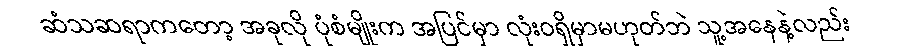
ဆံသဆရာကတော့ အခုလို ပုံစံမျိုးက အပြင်မှာ လုံးဝရှိမှာမဟုတ်ဘဲ သူ့အနေနဲ့လည်း